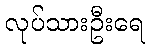
လုပ်သားဦးရေ